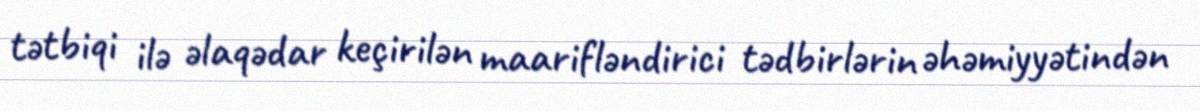
tətbiqi ilə əlaqədar keçirilən maarifləndirici tədbirlərin əhəmiyyətindən